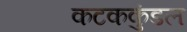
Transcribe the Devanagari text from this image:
कटककुंडल